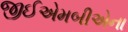
જીઈએમબીએના